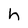
Character: h